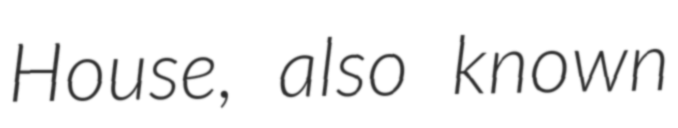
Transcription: House, also known